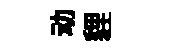
动貍